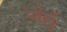
પોહ